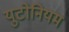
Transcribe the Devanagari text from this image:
युटोनियम